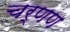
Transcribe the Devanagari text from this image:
चर्णण